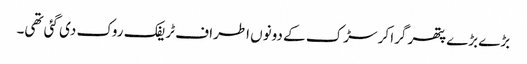
بڑے بڑے پتھر گرا کر سڑک کے دونوں اطراف ٹریفک روک دی گئی تھی۔